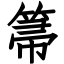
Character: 箒